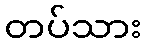
တပ်သား